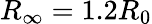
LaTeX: R_{\infty}=1.2R_{0}